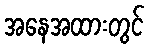
အနေအထားတွင်